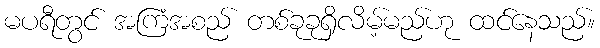
မပရီတွင် အကြံအစည် တစ်ခုခုရှိလိမ့်မည်ဟု ထင်နေသည်။